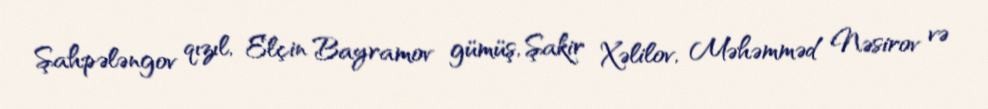
Şahpələngov qızıl, Elçin Bayramov gümüş, Şakir Xəlilov, Məhəmməd Nəsirov və